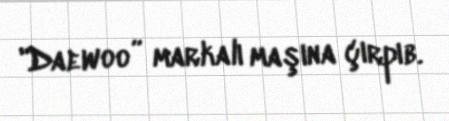
"Daewoo” markalı maşına çırpıb.